Indian Civil Veterinary Department memoirs
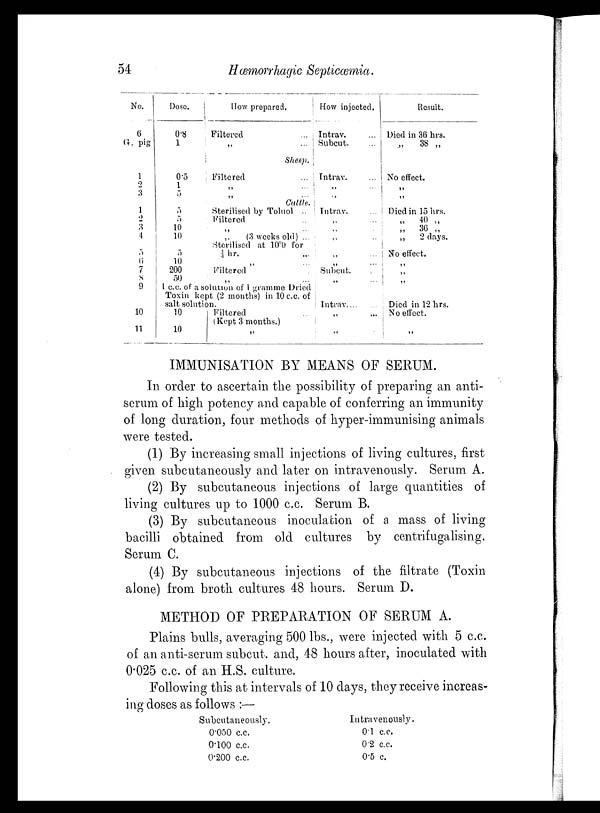
54
Hæmorrhagic Septicæmia.
No.
6
G. Pig
1
2
3
1
2
3
4
5
6
7
8
9
10
11
Dose.
0.8
1
0.5
1
5
5
5
10
10
5
10
200
50
How prepared.
Filtered ...
„ ...
Sheep.
Filtered ...
„ ...
„ ...
Cattle.
Sterilised by Toluol ..
Filtered ...
„ ...
„
(3 weeks old) ...
Sterilised at 10°0 for
¼ hr. ...
„ ...
Filtered .
„ ...
1 c.c. of a solution of 1 gramme Dried
Toxin kept (2 months) in 10 c.c. of
salt solution.
10
10
Filtered ...
(Kept 3 months.)
„
How injected.
Intrav. ...
Subcut. ...
Tntrav. ...
„ ...
„
Intrav.
„ ...
„ ...
„ ...
„ ...
„ ...
Subcut.
„ ...
Intrav ... ....
„ ...
„
Result.
Died in 36 hrs.
„
38 „
No effect.
„
„
Died in 15 hrs.
„
40 „
„
36 „
„
2 days.
No effect.
„
„
„
Died in 12 hrs.
No effect.
„
IMMUNISATION BY MEANS OF SERUM.
In order to ascertain the possibility of preparing an anti-
serum of high potency and capable of conferring an immunity
of long duration, four methods of hyper-immunising animals
were tested.
(1) By increasing small injections of living cultures, first
given subcutaneously and later on intravenously. Serum A.
(2) By subcutaneous injections of large quantities of
living cultures up to 1000 c.c. Serum B.
(3) By subcutaneous inoculation of a mass of living
bacilli obtained from old cultures by centrifugalising.
Serum C.
(4) By subcutaneous injections of the filtrate (Toxin
alone) from broth cultures 48 hours. Serum D.
METHOD OF PREPARATION OF SERUM A.
Plains bulls, averaging 500 lbs., were injected with 5 c.c.
of an anti-serum subcut. and, 48 hours after, inoculated with
0.025 c.c. of an H.S. culture.
Following this at intervals of 10 days, they receive increas-
ing doses as follows :—
Subcutaneously.
0.050 c.c.
0.100 c.c.
0.200 c.c.
Intravenously.
0.1 c.c.
0.2 c.c.
0.5 c.